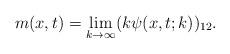
LaTeX: \begin{align*}m(x,t)=\lim_{k \rightarrow \infty} (k\psi (x,t;k))_{12}.\end{align*}